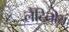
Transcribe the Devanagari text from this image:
लैटिनोस